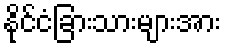
နိုင်ငံခြားသားများအား